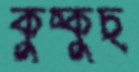
কুচ্কুচ্